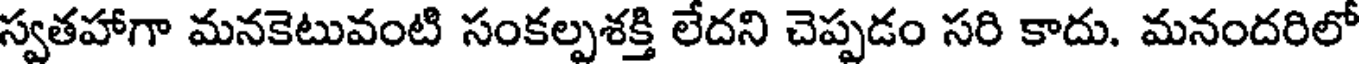
స్వతహాగా మనకెటువంటి సంకల్పశక్తి లేదని చెప్పడం సరి కాదు. మనందరిలో